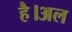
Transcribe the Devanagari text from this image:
है।अल